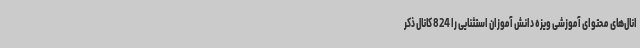
انال‌های محتوای آموزشی ویزه دانش آموزان استثنایی را 824 کانال ذکر